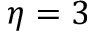
\eta = 3